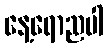
နေ့ရောညပါ